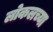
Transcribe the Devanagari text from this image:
लोकलच्या